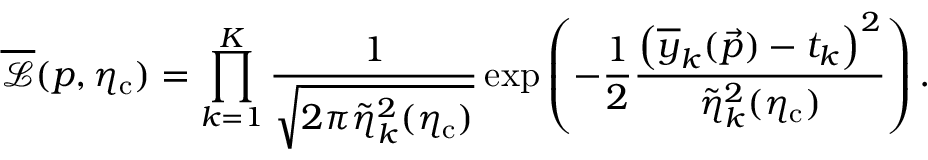
\overline { { \mathcal { L } } } ( \boldsymbol { p } , \eta _ { \mathrm { c } } ) = \prod _ { k = 1 } ^ { K } \frac { 1 } { \sqrt { 2 \pi \tilde { \eta } _ { k } ^ { 2 } ( \eta _ { \mathrm { c } } ) } } \exp { \left( - \frac { 1 } { 2 } \frac { \left( \overline { { y } } _ { k } ( \vec { p } ) - t _ { k } \right) ^ { 2 } } { \tilde { \eta } _ { k } ^ { 2 } ( \eta _ { \mathrm { c } } ) } \right) } \, .